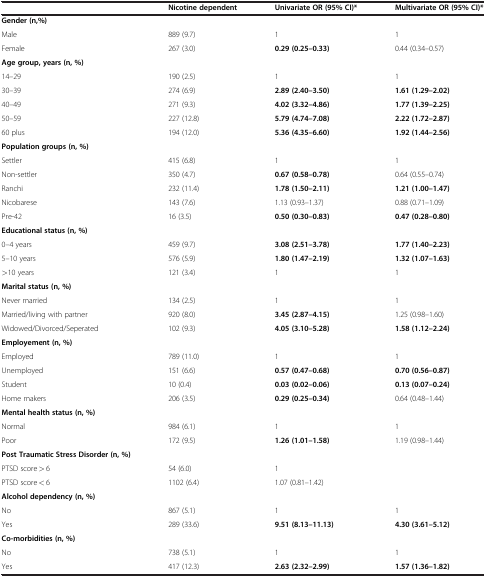
<table><thead><tr><td>[EMPTY_CELL]</td><td><b>Nicotine dependent</b></td><td><b>Univariate OR (95% CI)*</b></td><td><b>Multivariate OR (95% CI)*</b></td></tr></thead><tbody><tr><td><b>Gender (n,%)</b></td><td>[EMPTY_CELL]</td><td>[EMPTY_CELL]</td><td>[EMPTY_CELL]</td></tr><tr><td>Male</td><td>889 (9.7)</td><td>1</td><td>1</td></tr><tr><td>Female</td><td>267 (3.0)</td><td><b>0.29 (0.25–0.33)</b></td><td>0.44 (0.34–0.57)</td></tr><tr><td><b>Age group, years (n, %)</b></td><td>[EMPTY_CELL]</td><td>[EMPTY_CELL]</td><td>[EMPTY_CELL]</td></tr><tr><td>14–29</td><td>190 (2.5)</td><td>1</td><td>1</td></tr><tr><td>30–39</td><td>274 (6.9)</td><td><b>2.89 (2.40–3.50)</b></td><td><b>1.61 (1.29–2.02)</b></td></tr><tr><td>40–49</td><td>271 (9.3)</td><td><b>4.02 (3.32–4.86)</b></td><td><b>1.77 (1.39–2.25)</b></td></tr><tr><td>50–59</td><td>227 (12.8)</td><td><b>5.79 (4.74–7.08)</b></td><td><b>2.22 (1.72–2.87)</b></td></tr><tr><td>60 plus</td><td>194 (12.0)</td><td><b>5.36 (4.35–6.60)</b></td><td><b>1.92 (1.44–2.56)</b></td></tr><tr><td><b>Population groups (n, %)</b></td><td>[EMPTY_CELL]</td><td>[EMPTY_CELL]</td><td>[EMPTY_CELL]</td></tr><tr><td>Settler</td><td>415 (6.8)</td><td>1</td><td>1</td></tr><tr><td>Non-settler</td><td>350 (4.7)</td><td><b>0.67 (0.58–0.78)</b></td><td>0.64 (0.55–0.74)</td></tr><tr><td>Ranchi</td><td>232 (11.4)</td><td><b>1.78 (1.50–2.11)</b></td><td><b>1.21 (1.00–1.47)</b></td></tr><tr><td>Nicobarese</td><td>143 (7.6)</td><td>1.13 (0.93–1.37)</td><td>0.88 (0.71–1.09)</td></tr><tr><td>Pre-42</td><td>16 (3.5)</td><td><b>0.50 (0.30–0.83)</b></td><td><b>0.47 (0.28–0.80)</b></td></tr><tr><td><b>Educational status (n, %)</b></td><td>[EMPTY_CELL]</td><td>[EMPTY_CELL]</td><td>[EMPTY_CELL]</td></tr><tr><td>0–4 years</td><td>459 (9.7)</td><td><b>3.08 (2.51–3.78)</b></td><td><b>1.77 (1.40–2.23)</b></td></tr><tr><td>5–10 years</td><td>576 (5.9)</td><td><b>1.80 (1.47–2.19)</b></td><td><b>1.32 (1.07–1.63)</b></td></tr><tr><td>&gt;10 years</td><td>121 (3.4)</td><td>1</td><td>1</td></tr><tr><td><b>Marital status (n, %)</b></td><td>[EMPTY_CELL]</td><td>[EMPTY_CELL]</td><td>[EMPTY_CELL]</td></tr><tr><td>Never married</td><td>134 (2.5)</td><td>1</td><td>1</td></tr><tr><td>Married/living with partner</td><td>920 (8.0)</td><td><b>3.45 (2.87–4.15)</b></td><td>1.25 (0.98–1.60)</td></tr><tr><td>Widowed/Divorced/Seperated</td><td>102 (9.3)</td><td><b>4.05 (3.10–5.28)</b></td><td><b>1.58 (1.12–2.24)</b></td></tr><tr><td><b>Employement (n, %)</b></td><td>[EMPTY_CELL]</td><td>[EMPTY_CELL]</td><td>[EMPTY_CELL]</td></tr><tr><td>Employed</td><td>789 (11.0)</td><td>1</td><td>1</td></tr><tr><td>Unemployed</td><td>151 (6.6)</td><td><b>0.57 (0.47–0.68)</b></td><td><b>0.70 (0.56–0.87)</b></td></tr><tr><td>Student</td><td>10 (0.4)</td><td><b>0.03 (0.02–0.06)</b></td><td><b>0.13 (0.07–0.24)</b></td></tr><tr><td>Home makers</td><td>206 (3.5)</td><td><b>0.29 (0.25–0.34)</b></td><td>0.64 (0.48–1.44)</td></tr><tr><td><b>Mental health status (n, %)</b></td><td>[EMPTY_CELL]</td><td>[EMPTY_CELL]</td><td>[EMPTY_CELL]</td></tr><tr><td>Normal</td><td>984 (6.1)</td><td>1</td><td>1</td></tr><tr><td>Poor</td><td>172 (9.5)</td><td><b>1.26 (1.01–1.58)</b></td><td>1.19 (0.98–1.44)</td></tr><tr><td><b>Post Traumatic Stress Disorder (n, %)</b></td><td>[EMPTY_CELL]</td><td>[EMPTY_CELL]</td><td>[EMPTY_CELL]</td></tr><tr><td>PTSD score <underline>&gt;</underline> 6</td><td>54 (6.0)</td><td>1</td><td>[EMPTY_CELL]</td></tr><tr><td>PTSD score &lt; 6</td><td>1102 (6.4)</td><td>1.07 (0.81–1.42)</td><td>[EMPTY_CELL]</td></tr><tr><td><b>Alcohol dependency (n, %)</b></td><td>[EMPTY_CELL]</td><td>[EMPTY_CELL]</td><td>[EMPTY_CELL]</td></tr><tr><td>No</td><td>867 (5.1)</td><td>1</td><td>1</td></tr><tr><td>Yes</td><td>289 (33.6)</td><td><b>9.51 (8.13–11.13)</b></td><td><b>4.30 (3.61–5.12)</b></td></tr><tr><td><b>Co-morbidities (n, %)</b></td><td>[EMPTY_CELL]</td><td>[EMPTY_CELL]</td><td>[EMPTY_CELL]</td></tr><tr><td>No</td><td>738 (5.1)</td><td>1</td><td>1</td></tr><tr><td>Yes</td><td>417 (12.3)</td><td><b>2.63 (2.32–2.99)</b></td><td><b>1.57 (1.36–1.82)</b></td></tr></tbody></table>